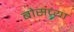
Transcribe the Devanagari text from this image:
बोसच्या